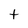
Character: t